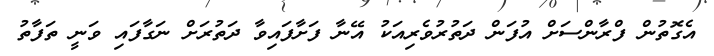
އެގޮތުން ފްރާންސަށް އުފަން ދަތުރުވެރިއަކު އޭނާ ފަށާފައިވާ ދަތުރަށް ނަގާފައި ވަނީ ތަފާތު